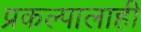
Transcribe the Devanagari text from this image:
प्रकल्पालाही